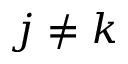
j \neq k